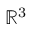
\mathbb { R } ^ { 3 }